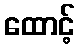
ထောင့်